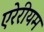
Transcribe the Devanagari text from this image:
एरेरीयम